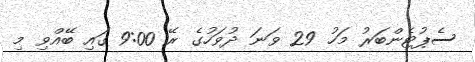
ސެޕުޓެންބަރު މަހު 29 ވަނަ ދުވަހުގެ ރޭ 9:00 ގައި ބޭއްވި މި